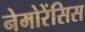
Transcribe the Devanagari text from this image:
नेमोरेंसिस